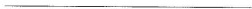
___